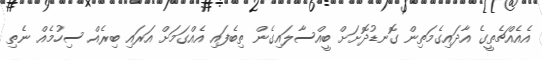
އެއެއްޗެތީގެ އާދައިގެމަތިން ގޮނޑުދޮށަށް ބީއްސާލައިގެން ތިބެފައި އެއްގަމަށް އަރައި ބިރެއް ސިހުމެއް ނެތި